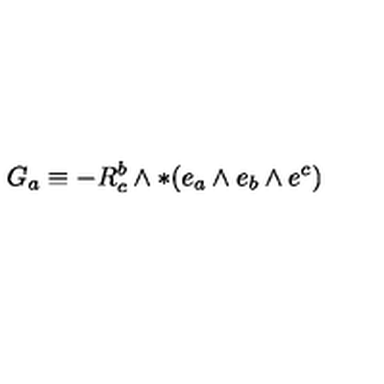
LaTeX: G _ { a } \equiv - R _ { c } ^ { b } \wedge * ( e _ { a } \wedge e _ { b } \wedge e ^ { c } )